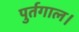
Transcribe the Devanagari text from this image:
पुर्तगाल।